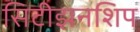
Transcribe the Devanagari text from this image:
सिटीझनशिप